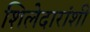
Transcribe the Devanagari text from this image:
शिलेदारांशी